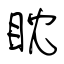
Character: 眈